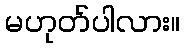
မဟုတ်ပါလား။